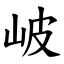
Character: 岥